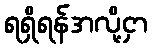
ရရှိရန်အလို့ငှာ